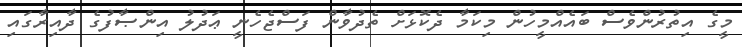
މީގެ އިތުރުންވެސް ބައެއްމީހުން މިކަމާ ދެކޮޅަށް ތެދުވާން ފަސްޖެހެނީ ޢަދުލު އިންޞާފުގެ ދާއިރާގައި